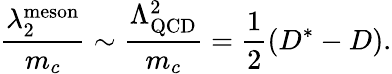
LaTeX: {\frac{\lambda_{2}^{\mathrm{meson}}}{m_{c}}}\sim{\frac{\Lambda_{\mathrm{QCD}}^{2}}{m_{c}}}=\frac 12(D^{*}-D).